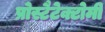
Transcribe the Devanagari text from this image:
प्रोस्टैटेक्टोमी